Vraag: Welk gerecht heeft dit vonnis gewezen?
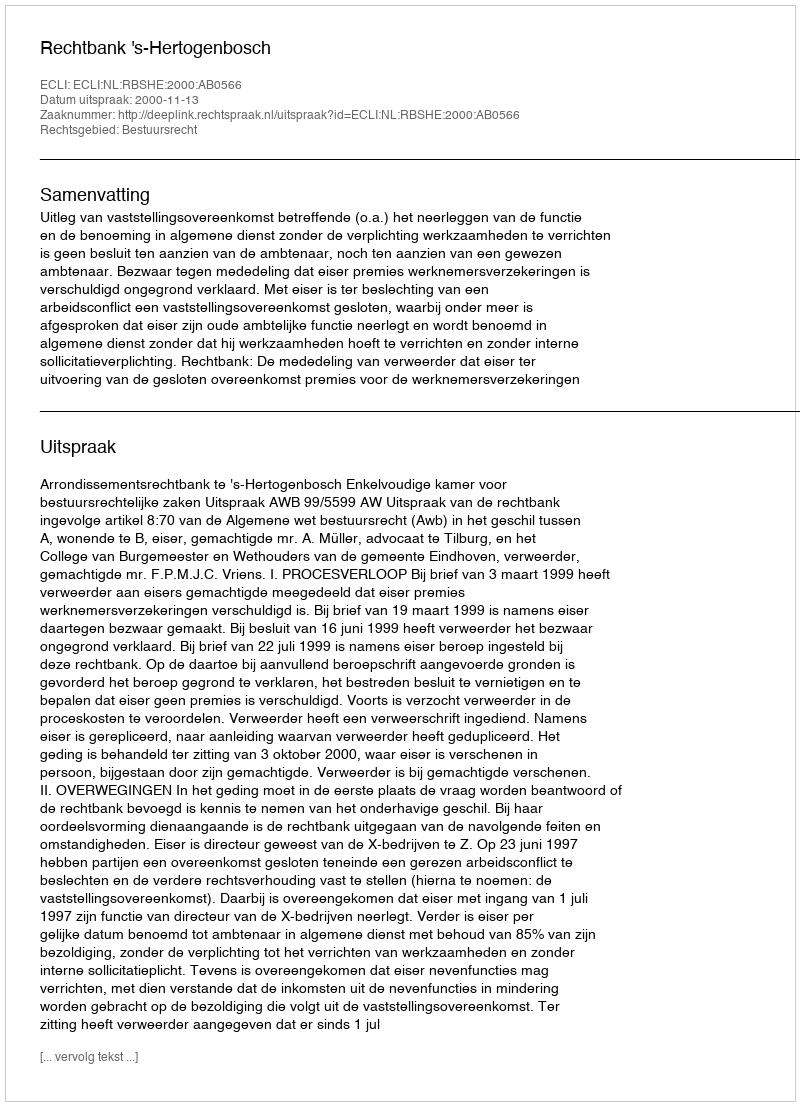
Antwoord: Rechtbank 's-Hertogenbosch